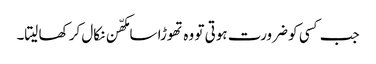
جب کسی کو ضرورت ہوتی تو وہ تھوڑا سا مکھّن نکال کر کھا لیتا۔